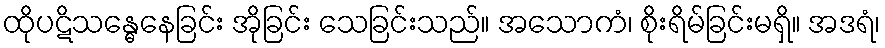
ထိုပဋိသန္ဓေနေခြင်း အိုခြင်း သေခြင်းသည်။ အသောကံ၊ စိုးရိမ်ခြင်းမရှိ။ အဒရံ၊